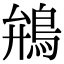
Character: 鴘